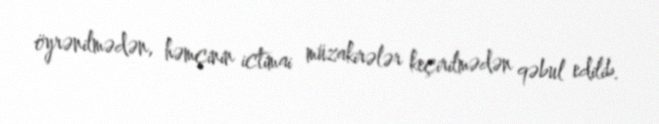
öyrənilmədən, həmçinin ictimai müzakirələr keçirilmədən qəbul edilib.